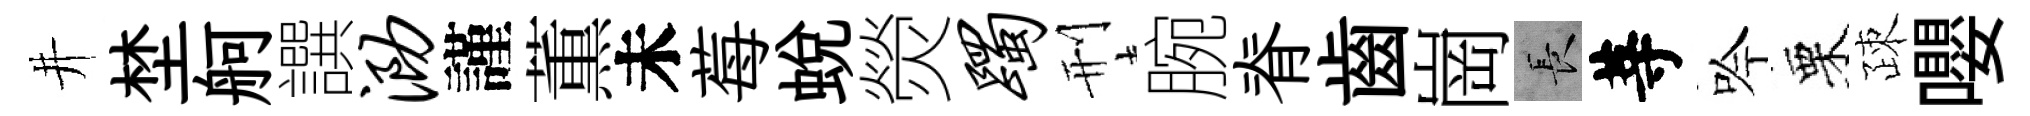
井埜舸譔泐謹薫未莓蛻熒躅刑腕脊齒崗长䓁吟栗疎嚶